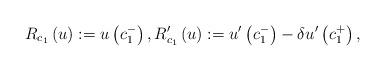
LaTeX: \begin{align*}R_{c_{1}}\left( u\right) :=u\left( c_{1}^{-}\right) ,R_{c_{1}}^{\prime }\left( u\right) :=u^{\prime }\left( c_{1}^{-}\right)-\delta u^{\prime }\left( c_{1}^{+}\right) , \end{align*}